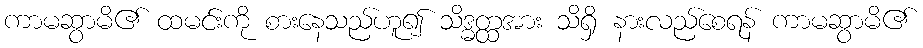
ကာမဆွာမိ၏ ထမင်းကို စားနေသည်ဟူ၍ သိဒ္ဓတ္ထအား သိရှိ နားလည်စေရန် ကာမဆွာမိ၏